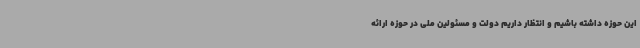
این حوزه داشته باشیم و انتظار داریم دولت و مسئولین ملی در حوزه ارائه